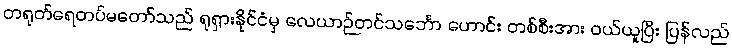
တရုတ်ရေတပ်မတော်သည် ရုရှားနိုင်ငံမှ လေယာဉ်တင်သင်္ဘော ဟောင်း တစ်စီးအား ဝယ်ယူပြီး ပြန်လည်